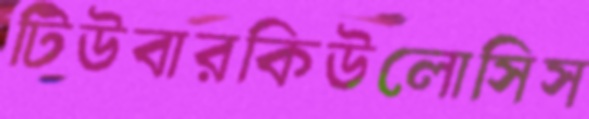
টিউবারকিউলোসিস